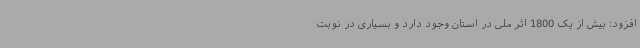
افزود: بیش از یک 1800 اثر ملی در استان وجود دارد و بسیاری در نوبت